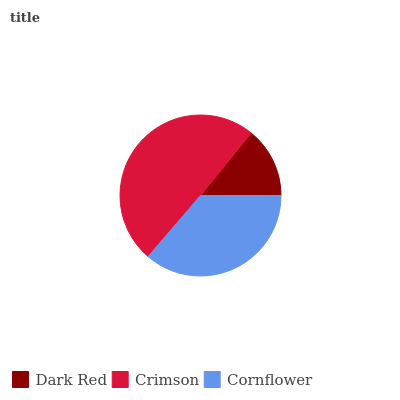
| Dark Red | Crimson | Cornflower |
 | --- | --- | --- |
 | 14.2% | 49.5% | 36.3% |